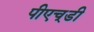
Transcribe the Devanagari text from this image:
पीएच्‌डी